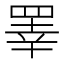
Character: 睪